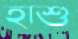
হাশু